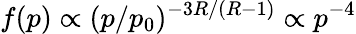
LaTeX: f(p)\propto(p/p_{0})^{-3R/(R-1)}\propto p^{-4}